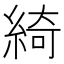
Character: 綺